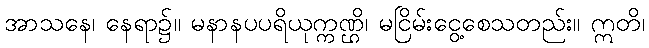
အာသနေ၊ နေရာ၌။ မနာနပပရိယုက္ကဏ္ဌိ၊ မငြိမ်းငွေ့စေသတည်း။ ဣတိ၊